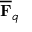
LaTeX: { \overline { { \mathbf { F } } } } _ { q }